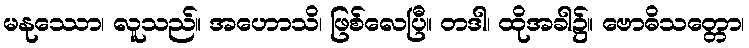
မနုဿော၊ လူသည်။ အဟောသိ၊ ဖြစ်လေပြီ။ တဒါ၊ ထိုအခါ၌။ ဗောဓိသတ္တော၊